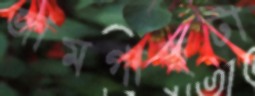
জামগাছটা